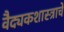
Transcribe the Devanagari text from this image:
वैद्यकशास्त्राचे